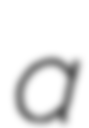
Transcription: a